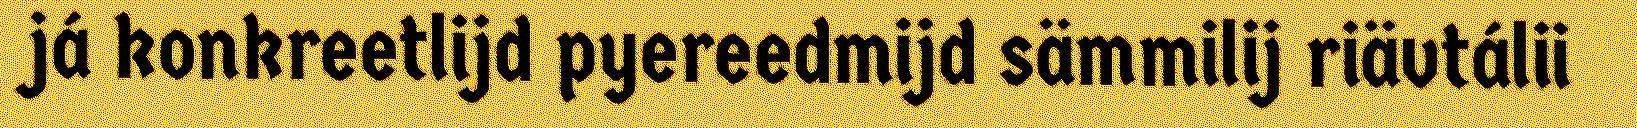
já konkreetlijd pyereedmijd sämmilij riävtálii